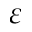
\varepsilon